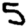
Digit: 5